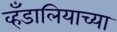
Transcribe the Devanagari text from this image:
व्हँडालियाच्या